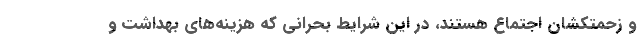
و زحمتکشان اجتماع هستند، در این شرایط بحرانی که هزینه‌های بهداشت و